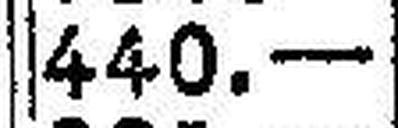
440.—